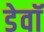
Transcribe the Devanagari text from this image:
डेवॉ